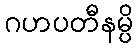
ဂဟပတီနမ္ပိ